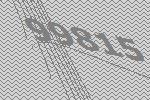
99815